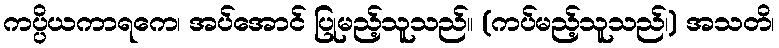
ကပ္ပိယကာရကေ၊ အပ်အောင် ပြုမည့်သူသည်။ (ကပ်မည့်သူသည်၊) အသတိ၊